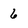
Character: 6